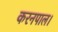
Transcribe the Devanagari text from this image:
करनपाल।